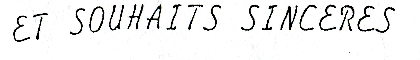
Et SOUHAITS SINCERES